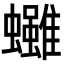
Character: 𧕘